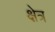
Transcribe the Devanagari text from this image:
क्षेत्र